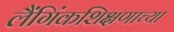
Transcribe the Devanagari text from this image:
लैंगिंकशिक्षणाच्या